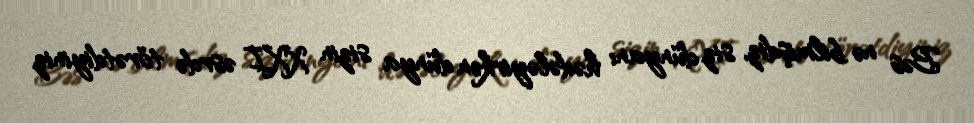
Bəs nə bilmişdiz, siz dünyanı hədələyirkən dünya sizin XXI əsrdə törətdiyiniz